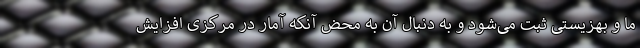
ما و بهزیستی ثبت می‌شود و به دنبال آن به محض آنکه آمار در مرکزی افزایش